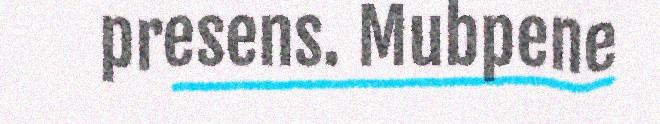
presens. Mubpene